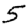
Digit: 5